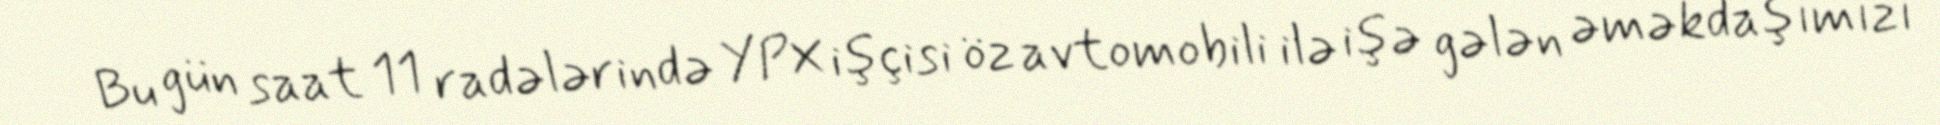
Bu gün saat 11 radələrində YPX işçisi öz avtomobili ilə işə gələn əməkdaşımızı